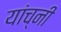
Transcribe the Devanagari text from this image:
यांच्नी